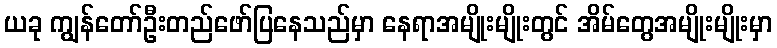
ယခု ကျွန်တော်ဦးတည်ဖော်ပြနေသည်မှာ နေရာအမျိုးမျိုးတွင် အိမ်တွေအမျိုးမျိုးမှာ